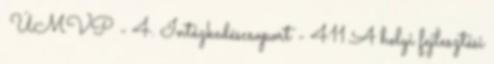
▪ÚMVP - 4. Intézkedéscsoport - 411 A helyi fejlesztési